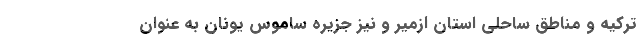
ترکیه و مناطق ساحلی استان ازمیر و نیز جزیره ساموس یونان به عنوان